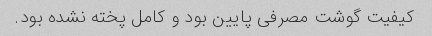
کیفیت گوشت مصرفی پایین بود و کامل پخته نشده بود.